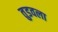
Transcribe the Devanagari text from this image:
तुडवला